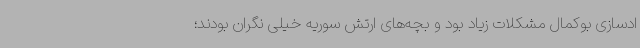
ادسازی بوکمال مشکلات زیاد بود و بچه‌های ارتش سوریه خیلی نگران بودند؛